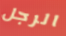
الرجل